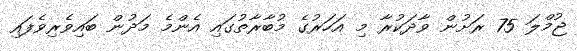
ޖުމްލަ 75 ރަށުން ވާދަކުރާ މި އަހަރުގެ މުބާރާތުގައި އެންމެ މަދުން ބައިވެރިވެފައި